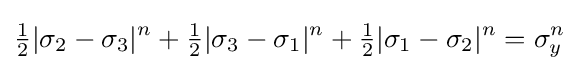
{\tfrac {1}{2}}|\sigma _{2}-\sigma _{3}|^{n}+{\tfrac {1}{2}}|\sigma _{3}-\sigma _{1}|^{n}+{\tfrac {1}{2}}|\sigma _{1}-\sigma _{2}|^{n}=\sigma _{y}^{n}